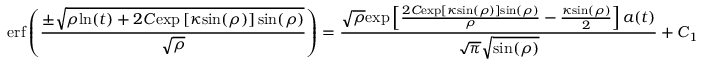
\mathrm { e r f } \left( \frac { \pm \sqrt { \rho \mathrm { l n } ( t ) + 2 C \mathrm { e x p } \left[ \kappa \mathrm { s i n } ( \rho ) \right] \mathrm { s i n } ( \rho ) } } { \sqrt { \rho } } \right) = \frac { \sqrt { \rho } \mathrm { e x p } \left[ \frac { 2 C \mathrm { e x p } [ \kappa \mathrm { s i n } ( \rho ) ] \mathrm { s i n } ( \rho ) } { \rho } - \frac { \kappa \mathrm { s i n } ( \rho ) } { 2 } \right] a ( t ) } { \sqrt { \pi } \sqrt { \mathrm { s i n } ( \rho ) } } + C _ { 1 }